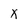
Character: X